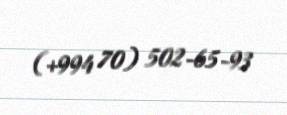
(+994 70) 502-65-93